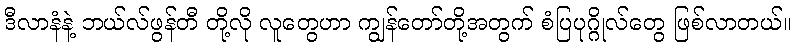
ဒီလာနံနဲ့ ဘယ်လ်ဖွန်တီ တို့လို လူတွေဟာ ကျွန်တော်တို့အတွက် စံပြပုဂ္ဂိုလ်တွေ ဖြစ်လာတယ်။